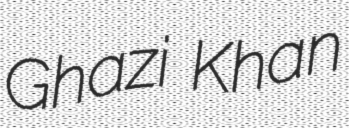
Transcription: Ghazi Khan